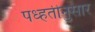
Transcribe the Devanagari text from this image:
पध्हतीनुसार